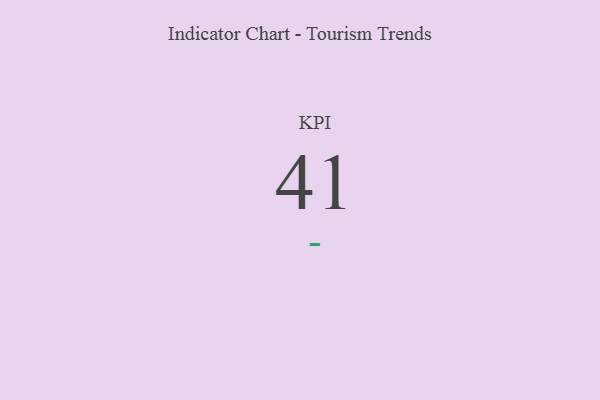
{"axis": {"x": "KPI", "y": "Value"}, "legend": [""], "data": [{"x": "KPI", "y": 41, "type": ""}]}